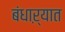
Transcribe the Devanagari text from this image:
बंधाऱ्यात